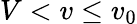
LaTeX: V<v\leq v_{0}